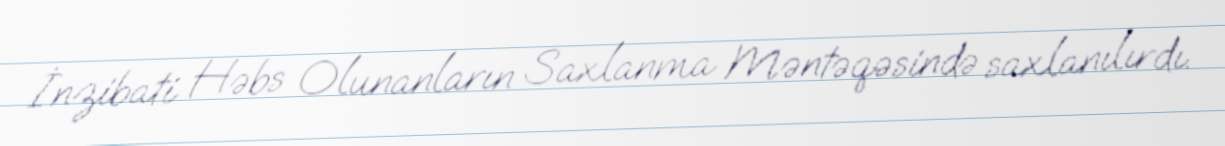
İnzibati Həbs Olunanların Saxlanma Məntəqəsində saxlanılırdı.